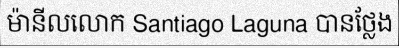
ម៉ានីលលោក Santiago Laguna បានថ្លែង